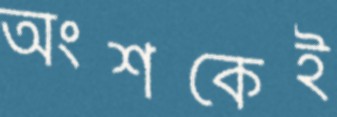
অংশকেই